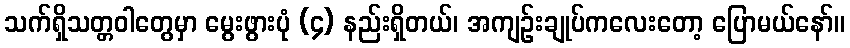
သက်ရှိသတ္တဝါတွေမှာ မွေးဖွားပုံ (၄) နည်းရှိတယ်၊ အကျဉ်းချုပ်ကလေးတော့ ပြောမယ်နော်။